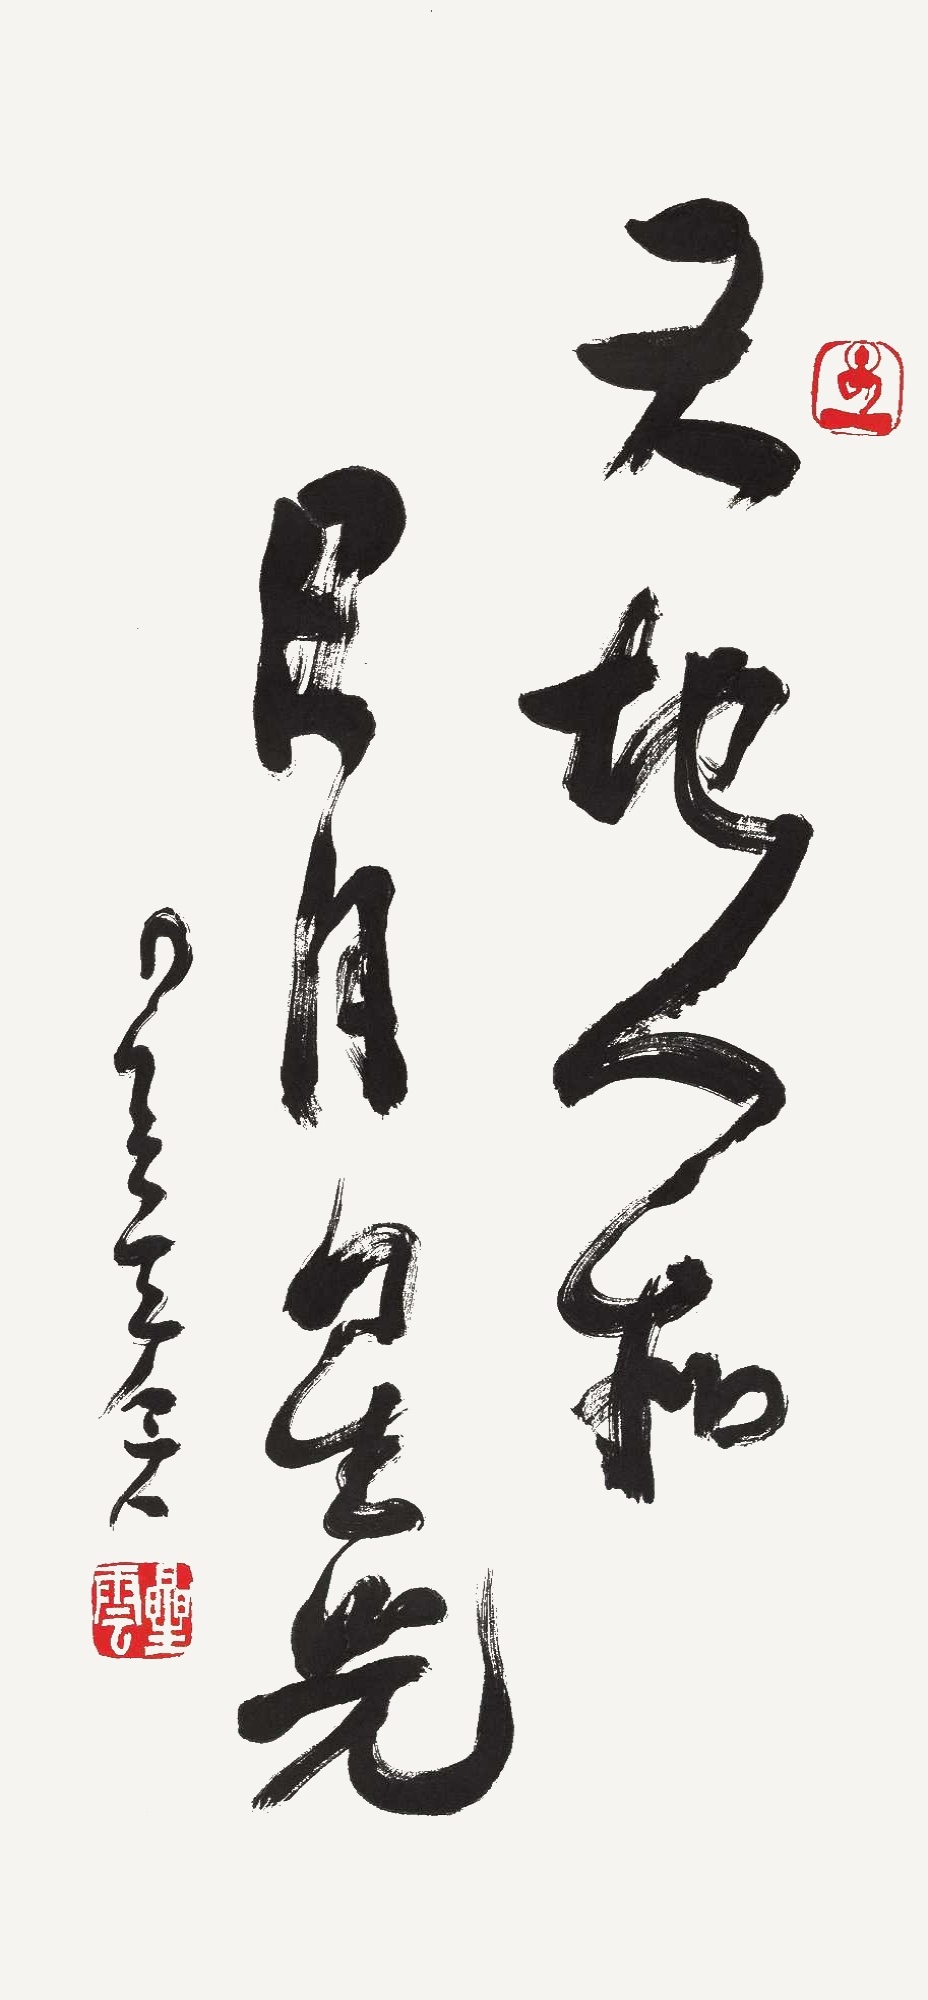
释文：天地人和日月星光星云。八六。